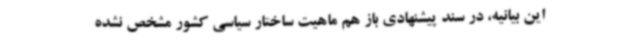
این بیانیه، در سند پیشنهادی باز هم ماهیت ساختار سیاسی کشور مشخص نشده